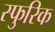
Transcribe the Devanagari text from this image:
स्फुरिक